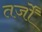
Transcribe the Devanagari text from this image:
तर्जों